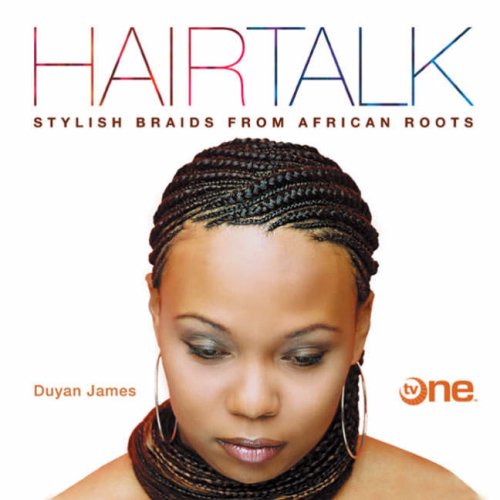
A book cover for Hairtalk: Stylish Braids from African Roots; Duyan James; Health, Fitness & Dieting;